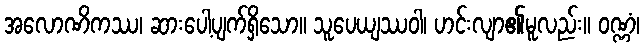
အလောဏိကဿ၊ ဆားပေါ့ပျက်ရှိသော။ သူပေယျဿဝါ၊ ဟင်းလျာ၏မူလည်း။ ဝဏ္ဏံ၊